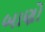
બાણો